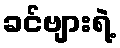
ခင်ဗျားရဲ့